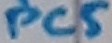
Text: PC5